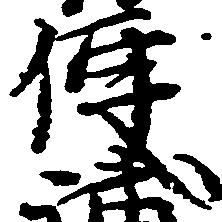
便